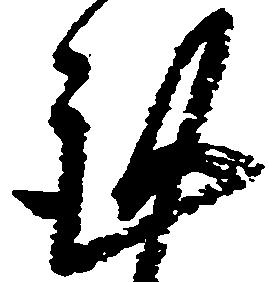
謹